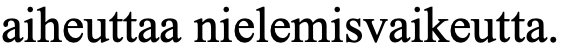
aiheuttaa nielemisvaikeutta.